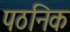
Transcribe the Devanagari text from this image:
पठनिक